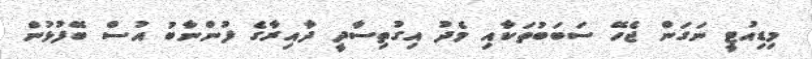
މިޑިއުޓީ ނަގަން ޖެހޭ ސަބަބުތަކާއި މެދު އިގުތިސާދީ ދާއިރާގެ ފުންނާބު އުސް ބޭފުޅުން